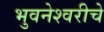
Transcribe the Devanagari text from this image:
भुवनेश्वरीचे